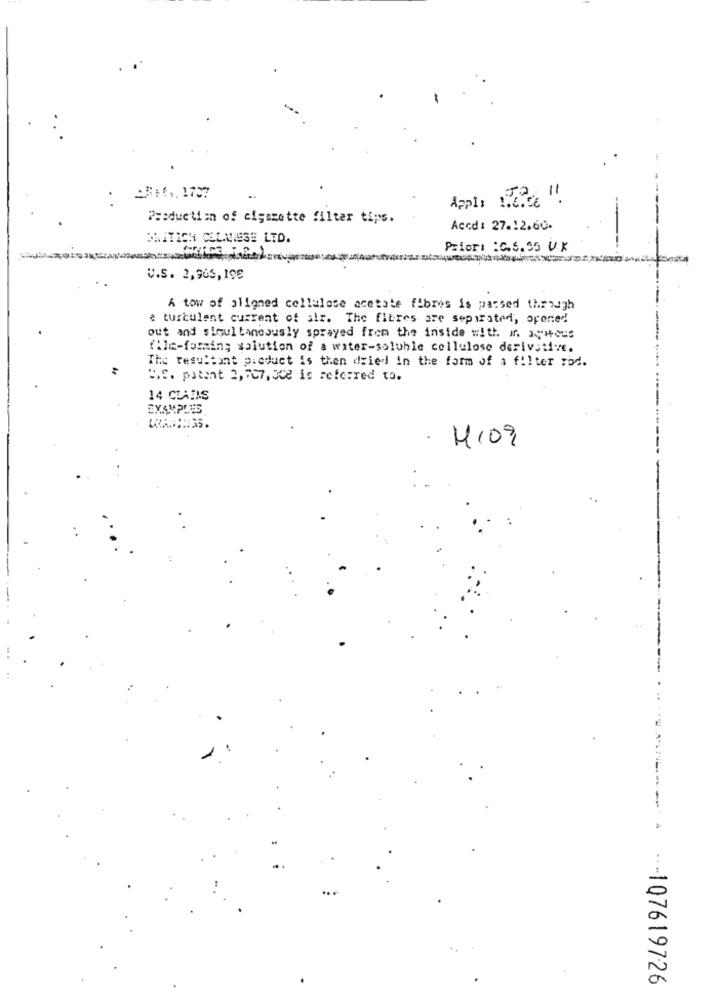
:## ... 1707
Apple Nice !!.
Production of cigarette filter tips.
Accd: 27.12.60.
WHATICH CELANESE LTD.
Priori :C.5. 55 U.K
U.S. 2,965, 198
A tow of aligned cellulose acetate fibres is passed through
e turbulent current of alr. The fibres are separated, opened
out and simultaneously sprayed from the inside with it. agnous
file-forming solution of a water-soluble cellulose derivative.
The resultant product is then dried in the form of a filter rod.
WS. patent 2,707, 502 is referred to.
14 CLAIMS
EXAMPLES
. MI09
-- 107619726